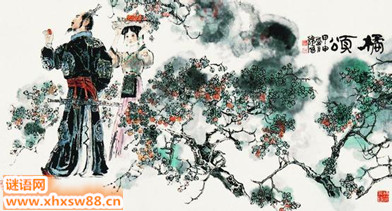
绿叶素荣，纷其可喜兮。